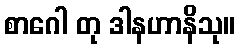
စာဂေါ တု ဒါနဟာနိသု။